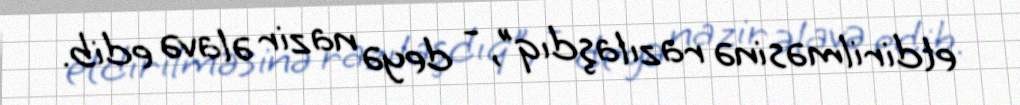
etdirilməsinə razılaşdıq”, - deyə nazir əlavə edib.